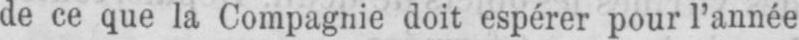
de ce que la Compagnie doit espérer pour l’année